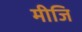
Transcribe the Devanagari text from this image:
मीजि